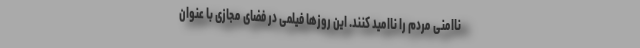
ناامنی مردم را ناامید کنند. این روزها فیلمی در فضای مجازی با عنوان